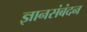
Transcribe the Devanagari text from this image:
ज्ञानसंबंदन